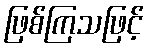
ဖြစ်ကြသဖြင့်